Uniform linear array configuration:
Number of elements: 24
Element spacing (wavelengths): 1
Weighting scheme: uniform
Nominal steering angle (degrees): -45
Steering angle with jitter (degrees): -46.295
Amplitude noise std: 0.05
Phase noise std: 0.05

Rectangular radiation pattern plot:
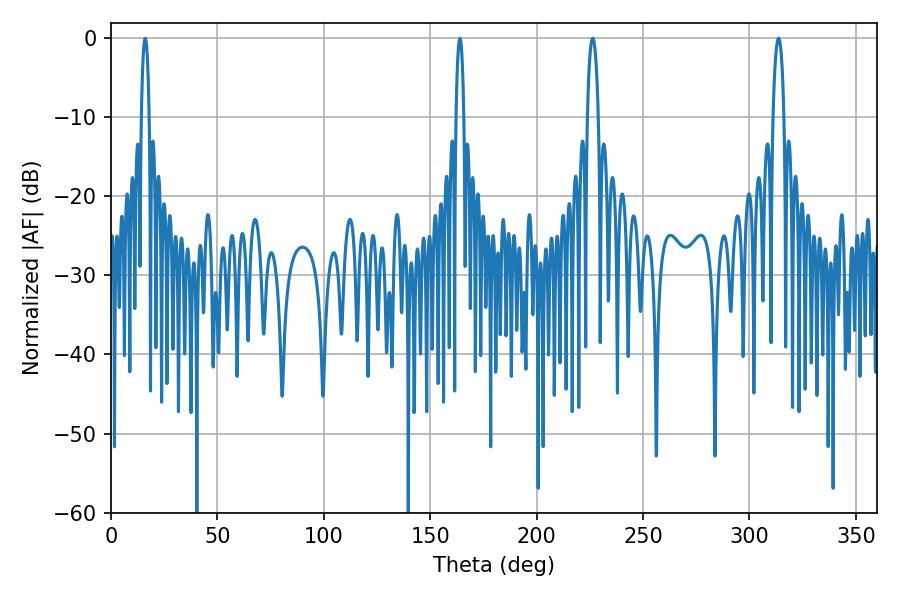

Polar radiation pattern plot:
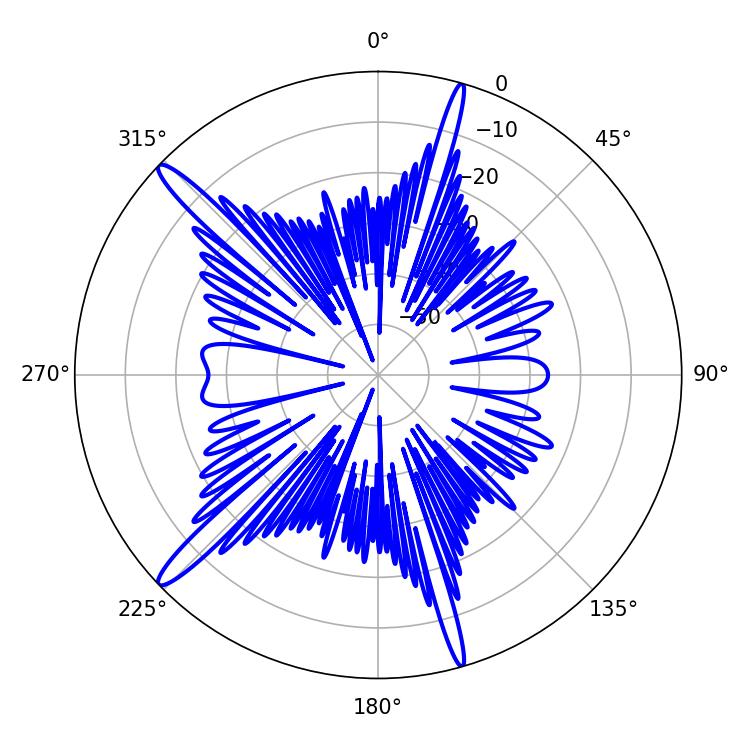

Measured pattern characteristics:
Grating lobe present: TRUE
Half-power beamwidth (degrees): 1.98
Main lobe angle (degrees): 16.02